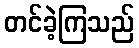
တင်ခဲ့ကြသည်